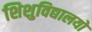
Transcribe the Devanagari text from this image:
शिशुविद्यालयों